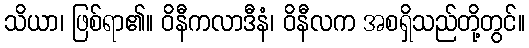
သိယာ၊ ဖြစ်ရာ၏။ ဝိနီကလာဒီနံ၊ ဝိနီလက အစရှိသည်တို့တွင်။